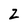
Character: Z